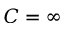
C = \infty